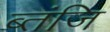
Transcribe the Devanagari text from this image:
ब्तंजि